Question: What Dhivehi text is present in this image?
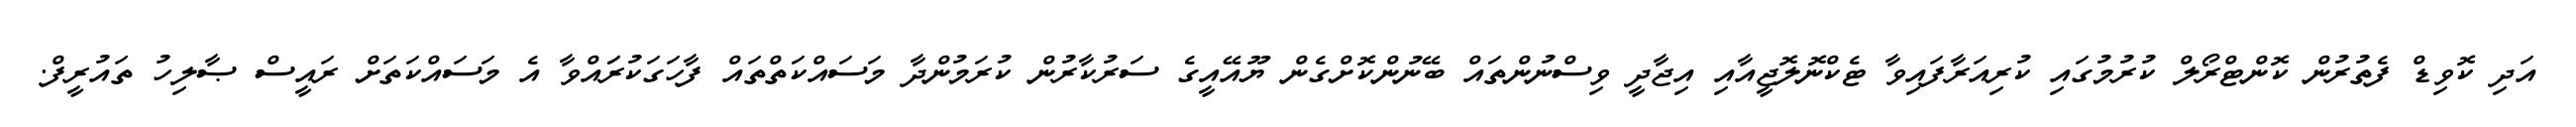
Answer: އަދި ކޮވިޑް ފެތުރުން ކޮންޓްރޯލް ކުރުމުގައި ކުރިއަރާފައިވާ ޓެކްނޮލޮޖީއާއި އިޖާދީ ވިސްނުންތައް ބޭނުންކޮށްގެން ޔޫއޭއީގެ ސަރުކާރުން ކުރަމުންދާ މަސައްކަތްތައް ފާހަގަކުރަައްވާ އެ މަސައްކަތަށް ރައީސް ޞާލިހު ތައުރީފް.